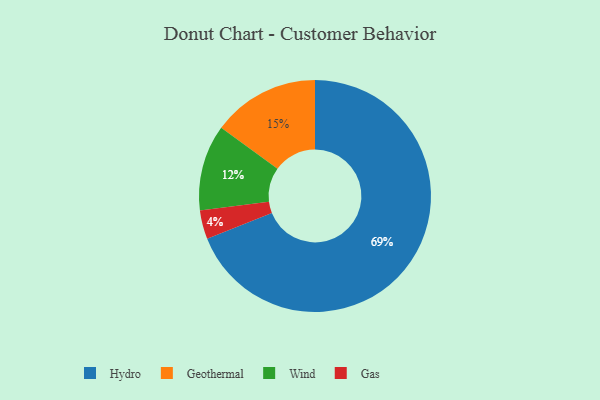
{"axis": {"x": "Category", "y": "Percentage"}, "legend": ["Gas", "Geothermal", "Hydro", "Wind"], "data": [{"x": "Wind", "y": 12, "type": "Wind"}, {"x": "Geothermal", "y": 15, "type": "Geothermal"}, {"x": "Hydro", "y": 69, "type": "Hydro"}, {"x": "Gas", "y": 4, "type": "Gas"}]}